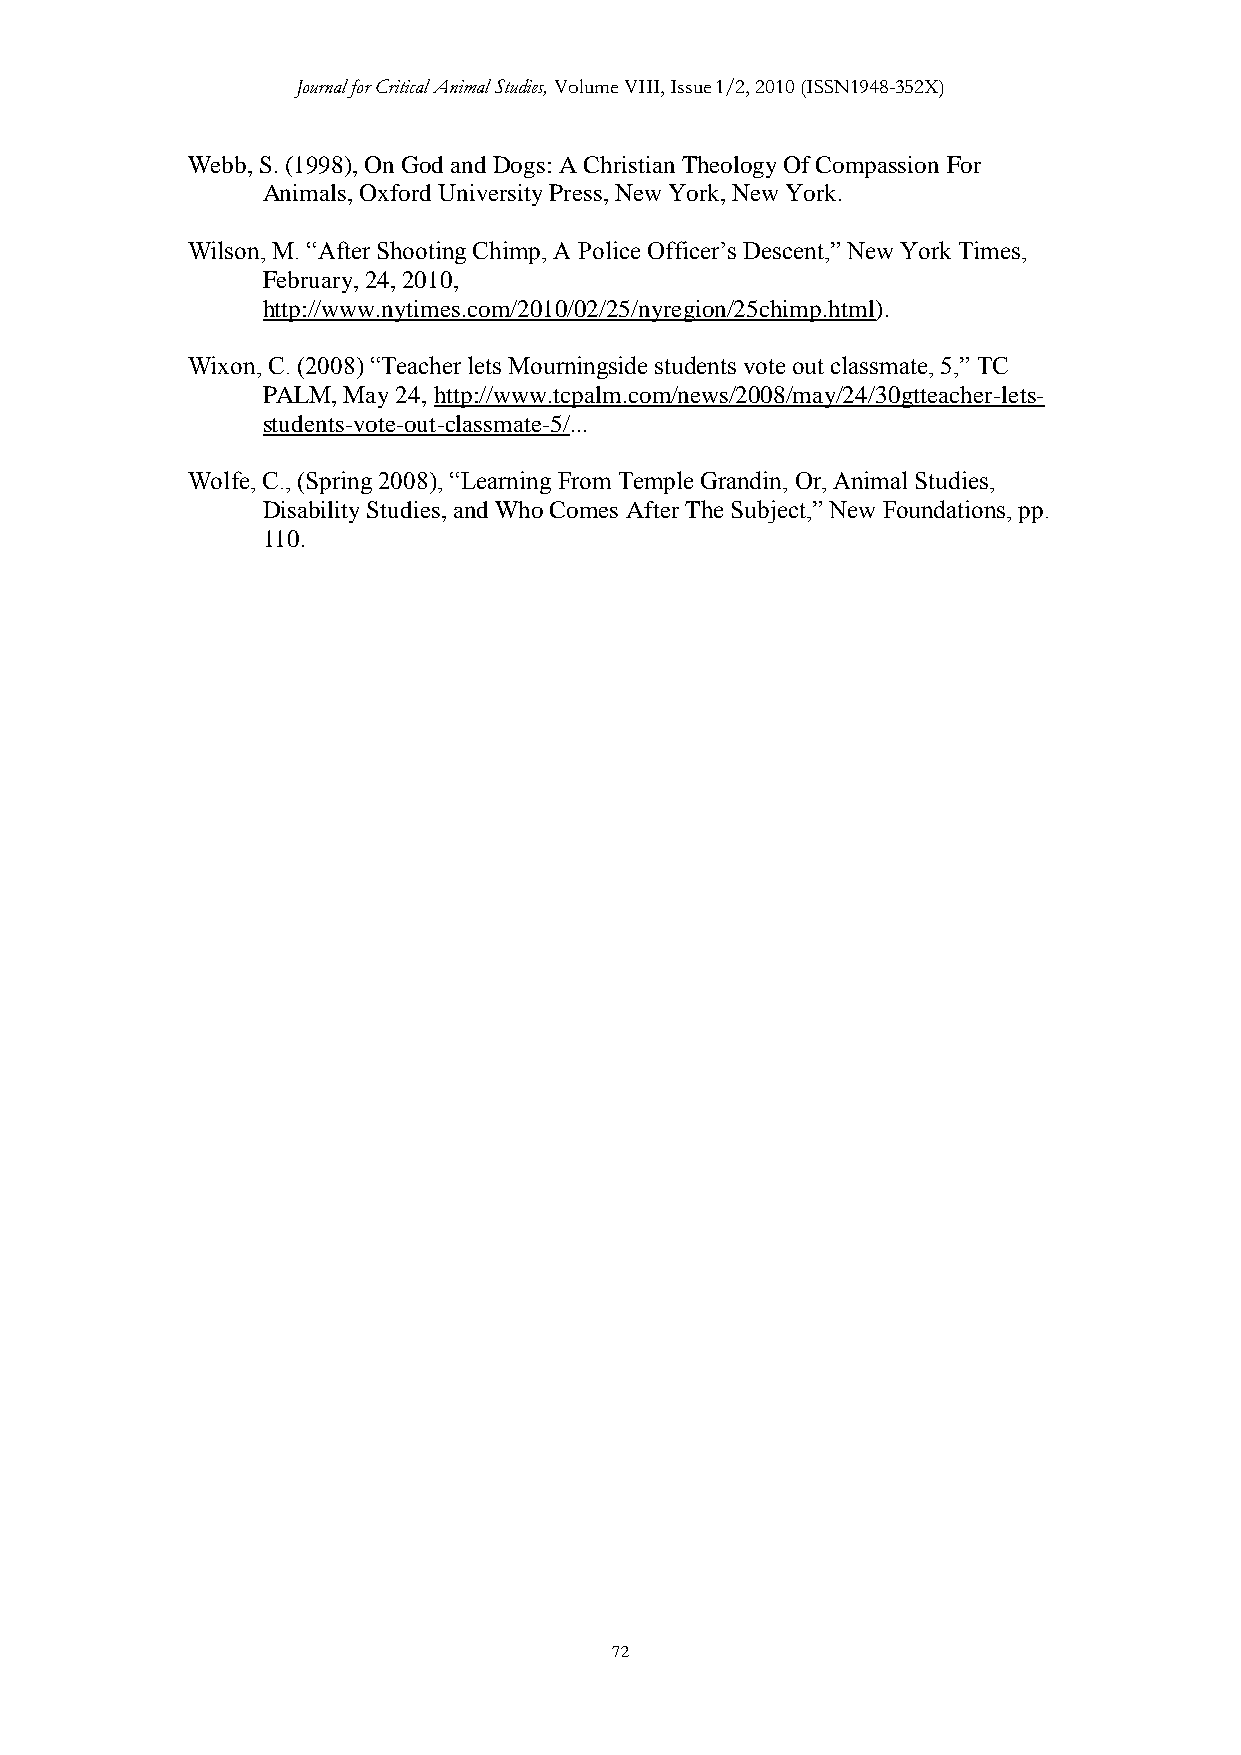
Journal for Critical Animal Studies, Volume VIII, Issue 1/2, 2010 (ISSN1948-352X)
 Webb, S. (1998), On God and Dogs: A Christian Theology Of Compassion For
 Animals, Oxford University Press, New York, New York.
 Wilson, M. “After Shooting Chimp, A Police Officer‟s Descent,” New York Times,
 February, 24, 2010,
 http://www.nytimes.com/2010/02/25/nyregion/25chimp.html).
 Wixon, C. (2008) “Teacher lets Mourningside students vote out classmate, 5,” TC
 PALM, May 24, http://www.tcpalm.com/news/2008/may/24/30gtteacher-lets-
 students-vote-out-classmate-5/...
 Wolfe, C., (Spring 2008), “Learning From Temple Grandin, Or, Animal Studies,
 Disability Studies, and Who Comes After The Subject,” New Foundations, pp.
 110.
 72